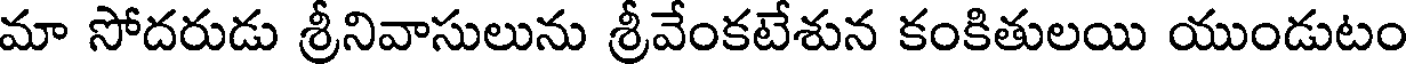
మా సోదరుడు శ్రీనివాసులును శ్రీవేంకటేశున కంకితులయి యుండుటం